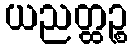
ယညတ္ထဉ္စ